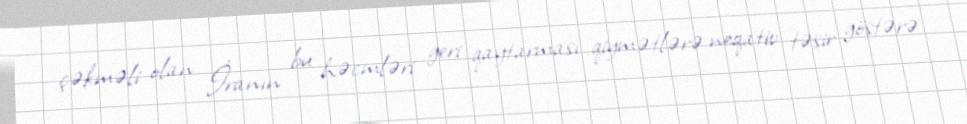
çəkməli olan İranın bu həcmləri geri qaytarması qiymətlərə neqativ təsir göstərə